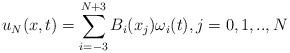
LaTeX: \begin{align*}u_{N}(x, t)=\sum_{i=-3}^{N+3} B_{i}(x_{j})\omega_{i}(t), j=0, 1,..,N\end{align*}